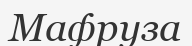
Мафруза